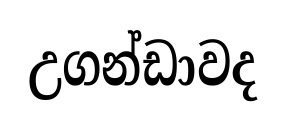
උගන්ඩාවද